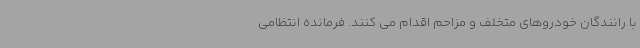
با رانندگان خودروهای متخلف و مزاحم اقدام می کنند. فرمانده انتظامی